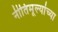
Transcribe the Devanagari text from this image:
नीतिमूल्यांच्या